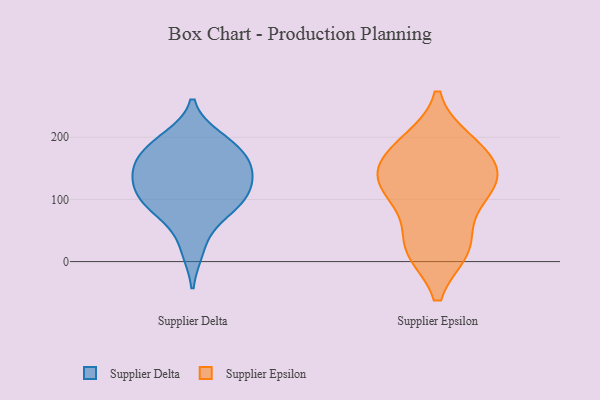
{"axis": {"x": "Inventory Turnover", "y": "Value"}, "legend": ["Supplier Delta", "Supplier Epsilon"], "data": [{"x": "", "y": 198, "type": "Supplier Delta"}, {"x": "", "y": 149, "type": "Supplier Delta"}, {"x": "", "y": 82, "type": "Supplier Delta"}, {"x": "", "y": 181, "type": "Supplier Delta"}, {"x": "", "y": 80, "type": "Supplier Delta"}, {"x": "", "y": 153, "type": "Supplier Delta"}, {"x": "", "y": 158, "type": "Supplier Delta"}, {"x": "", "y": 20, "type": "Supplier Delta"}, {"x": "", "y": 103, "type": "Supplier Delta"}, {"x": "", "y": 102, "type": "Supplier Delta"}, {"x": "", "y": 126, "type": "Supplier Delta"}, {"x": "", "y": 188, "type": "Supplier Delta"}, {"x": "", "y": 126, "type": "Supplier Delta"}, {"x": "", "y": 177, "type": "Supplier Epsilon"}, {"x": "", "y": 102, "type": "Supplier Epsilon"}, {"x": "", "y": 24, "type": "Supplier Epsilon"}, {"x": "", "y": 21, "type": "Supplier Epsilon"}, {"x": "", "y": 137, "type": "Supplier Epsilon"}, {"x": "", "y": 110, "type": "Supplier Epsilon"}, {"x": "", "y": 126, "type": "Supplier Epsilon"}, {"x": "", "y": 22, "type": "Supplier Epsilon"}, {"x": "", "y": 138, "type": "Supplier Epsilon"}, {"x": "", "y": 179, "type": "Supplier Epsilon"}, {"x": "", "y": 190, "type": "Supplier Epsilon"}]}